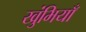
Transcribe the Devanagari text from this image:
खुंभियाँ